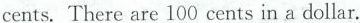
cents.There are 100 cents in a dollar.